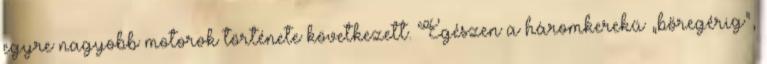
egyre nagyobb motorok története következett. Egészen a háromkerekű „bőregérig”,